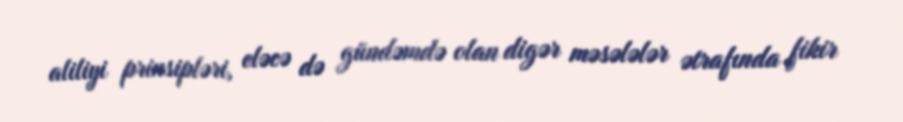
aliliyi prinsipləri, eləcə də gündəmdə olan digər məsələlər ətrafında fikir